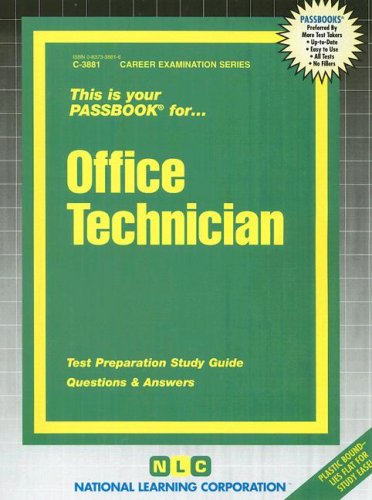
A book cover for Office Technician(Passbooks) (Career Examination Passbooks); Jack Rudman; Test Preparation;